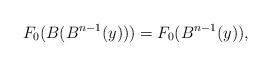
LaTeX: \begin{align*} {F}_0(B(B^{n-1}(y)))= {F}_0(B^{n-1}(y)),\end{align*}